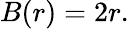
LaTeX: B(r)=2r.